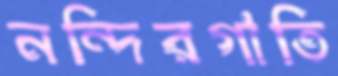
নন্দিরগাতি